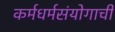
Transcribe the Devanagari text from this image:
कर्मधर्मसंयोगाची